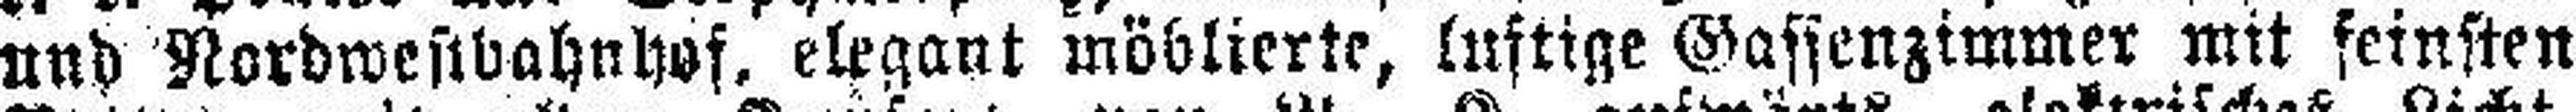
und Nordwestbahnhof, elegant möblierte, lustige Gassenzimmer mit feinsten